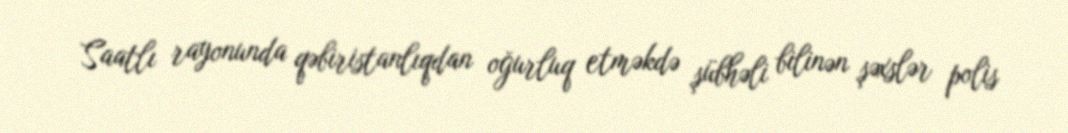
Saatlı rayonunda qəbiristanlıqdan oğurluq etməkdə şübhəli bilinən şəxslər polis